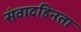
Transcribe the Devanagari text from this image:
संवादहिनता